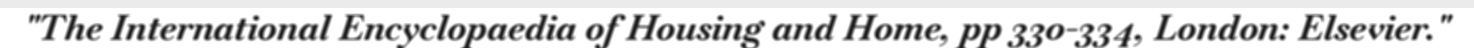
"The International Encyclopaedia of Housing and Home, pp 330-334, London: Elsevier."